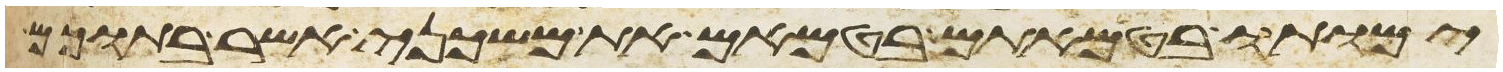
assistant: ימותו בטמאתם בטמאם את משכני אשר בתוכם